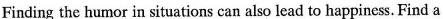
Finding the humor in situations can also lead to happiness. Find a